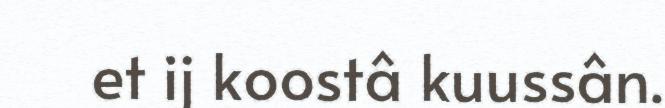
et ij koostâ kuussân.